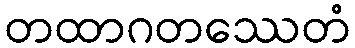
တထာဂတဿေတံ